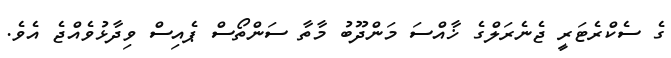
ގެ ސެކްރެޓަރީ ޖެނެރަލްގެ ޚާއްސަ މަންދޫބު މާތާ ސަންތޯސް ޕެއިސް ވިދާޅުވެއްޖެ އެވެ.